Civil Veterinary Department. Madras. Admin. report 1910-25 - 1910-1925
Year: 1910
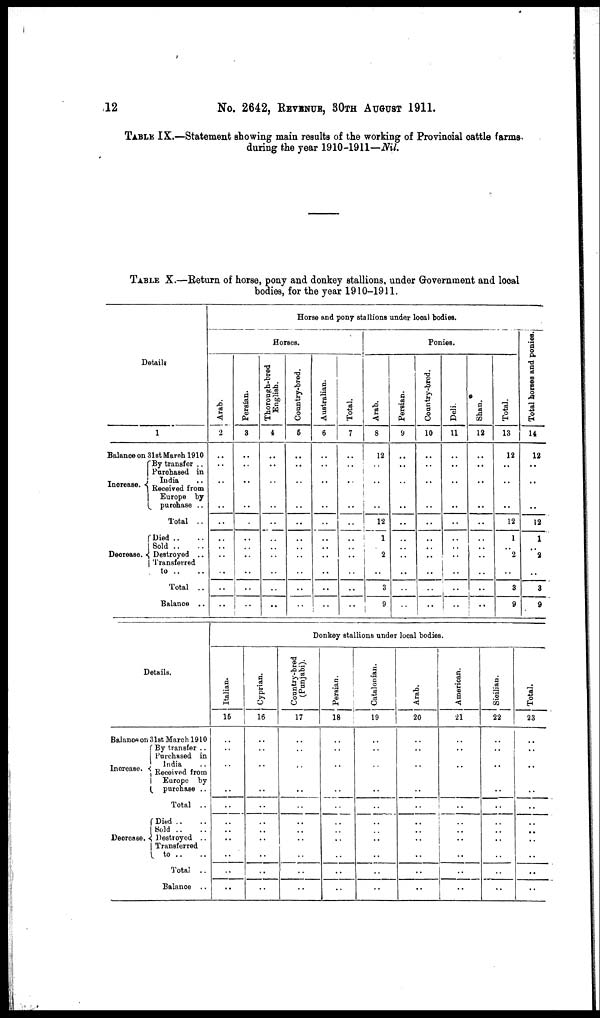
12
No. 2642, REVENUE, 30TH AUGUST 1911.
TABLE IX.—Statement showing main results of the working of Provincial cattle farms
during the year 1910-1911—Nil.
TABLE X.—Return of horse, pony and donkey stallions, under Government and local
bodies, for the year 1910-1911.
Details
1
Balance on
31st March 1910
Increase.
By transfer ..
Purchased in
India ..
Received from
Europe by
purchase ..
Total ..
Decrease.
Died .. ..
Sold .. ..
Destroyed ..
Transferred
to .. ..
Total ..
Balance ..
Horse and pony stallions under local bodies.
Horses.
Arab.
2
..
..
..
..
..
..
..
..
..
..
..
Persian.
3
..
..
..
..
..
..
..
..
..
..
Thorough-bred
English.
4
..
..
..
..
..
..
..
..
..
...
..
Country-bred.
5
..
..
..
..
..
..
..
..
..
...
..
Australian.
6
..
..
..
..
..
..
..
..
..
..
..
Total.
7
..
..
..
..
..
..
..
..
..
..
..
Ponies.
Arab.
8
12
..
..
12
1
..
2
..
3
9
Persian.
9
..
..
..
..
..
..
..
..
..
..
..
Country-bred.
10
..
..
..
..
..
..
..
..
..
..
...
Deli.
11
..
..
..
..
..
..
..
..
..
..
..
Shan.
12
..
..
..
..
..
..
..
..
..
..
..
Total.
13
12
..
..
..
12
1
..
2
..
3
9
Total horses and ponies.
14
12
..
..
..
12
1
..
2
..
3
9
Details.
Balance on
31st March 1910
Increase.
By transfer ..
Purchased in
India
Received from
Europe by
purchase ..
Total ..
Decrease.
Died .. ..
Sold .. ..
Destroyed ..
Transferred
to .. ..
Total ..
Balance ..
Donkey stallions under local bodies.
Italian.
15
..
..
..
..
..
..
..
..
..
..
..
Cyprian.
16
..
..
..
..
..
..
...
..
..
..
..
Country-bred
(Punjabi).
17
..
..
..
..
..
..
..
..
..
..
..
Persian.
18
..
..
..
..
..
..
..
..
..
..
..
Catalonian.
19
..
..
..
..
..
..
..
..
..
..
..
Arab.
20
..
..
..
..
..
..
..
..
..
..
..
American.
21
..
..
..
..
..
..
..
..
..
..
..
Sicilian.
22
..
..
..
..
..
..
..
..
..
..
..
Total.
23
..
..
..
..
..
..
..
..
..
..
..